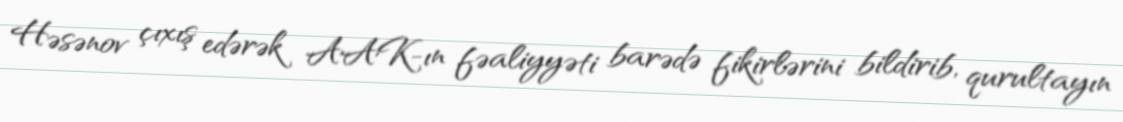
Həsənov çıxış edərək AAK-ın fəaliyyəti barədə fikirlərini bildirib, qurultayın